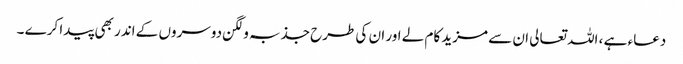
دعاء ہے ، اللہ تعالی ان سے مزید کام لے اور ان کی طرح جذبہ و لگن دوسروں کے اندر بھی پیدا کرے ۔